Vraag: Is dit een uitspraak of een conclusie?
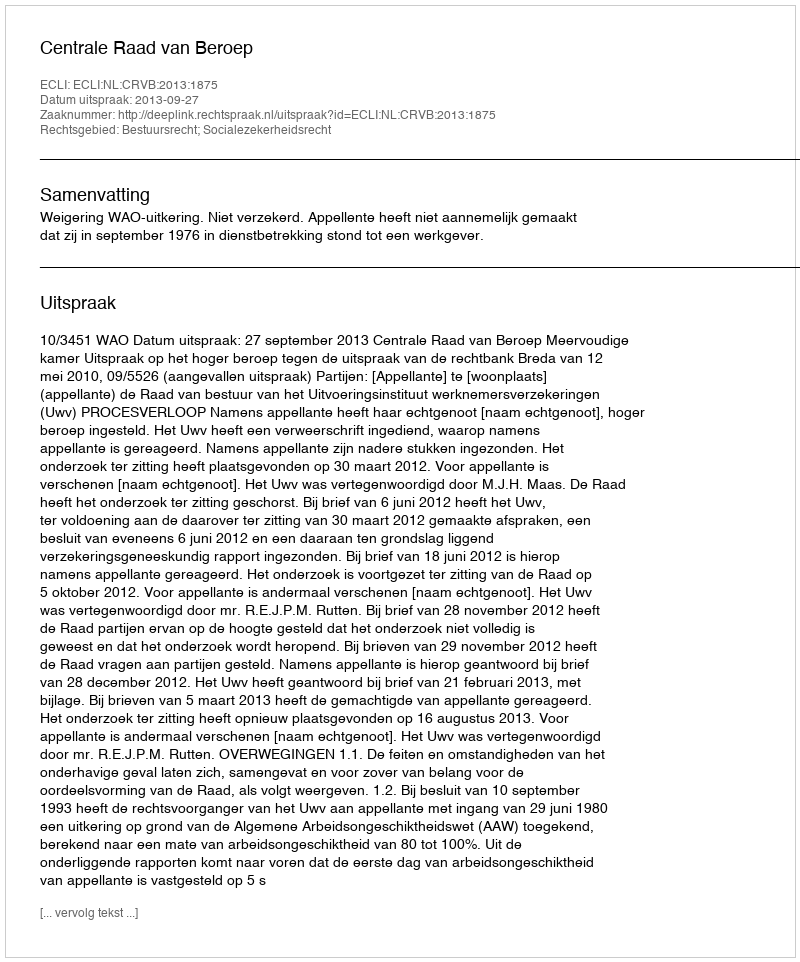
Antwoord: Uitspraak